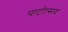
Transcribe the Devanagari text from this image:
पाटोत्सव